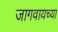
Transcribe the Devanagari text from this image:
जागवायच्या